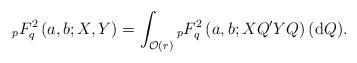
LaTeX: \begin{align*} {}_pF^2_{q}\left(a,b;X,Y\right)=\int_{\mathcal{O}(r)} {}_pF^2_{q}\left(a, b;X Q'Y Q\right) ({\rm d} Q). \end{align*}